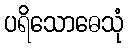
ပရိသောဓေသုံ